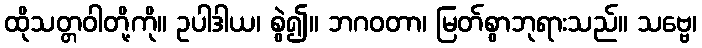
ထိုသတ္တဝါတို့ကို။ ဥပါဒါယ၊ စွဲ၍။ ဘဂဝတာ၊ မြတ်စွာဘုရားသည်။ သဗ္ဗေ၊